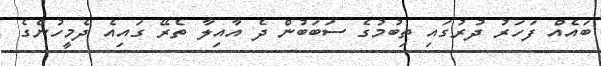
ބައެއް ފަހަރު ދުރުގައި ތިބުމުގެ ސަބަބުން ދެ އާއިލާ ތެރޭ ގައިއެ ދެމީހުންގެ